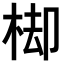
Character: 𣒗